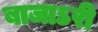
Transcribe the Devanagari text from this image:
बाजाऽरी